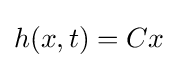
h(x,t)=Cx